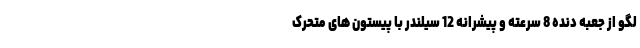
لگو از جعبه دنده 8 سرعته و پیشرانه 12 سیلندر با پیستون های متحرک